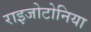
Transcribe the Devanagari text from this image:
राइजोटोनिया